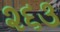
૨૬૩